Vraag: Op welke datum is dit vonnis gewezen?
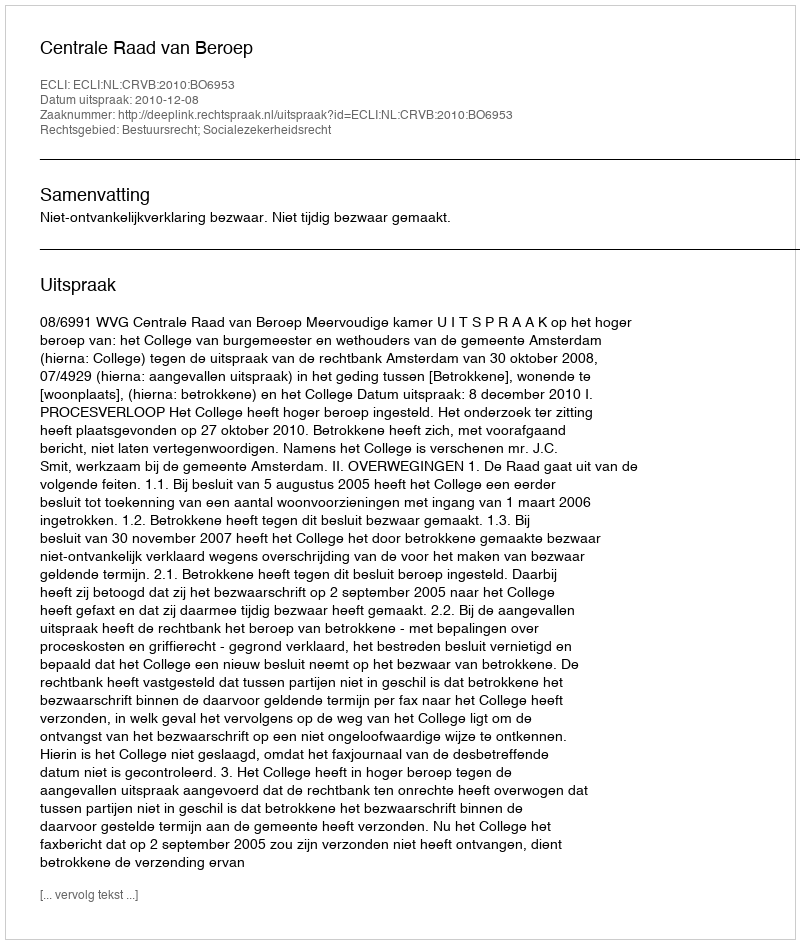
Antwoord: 2010-12-08